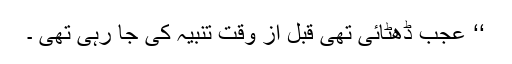
‘‘ عجب ڈھٹائی تھی قبل از وقت تنبیہ کی جا رہی تھی ۔